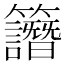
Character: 𥸄